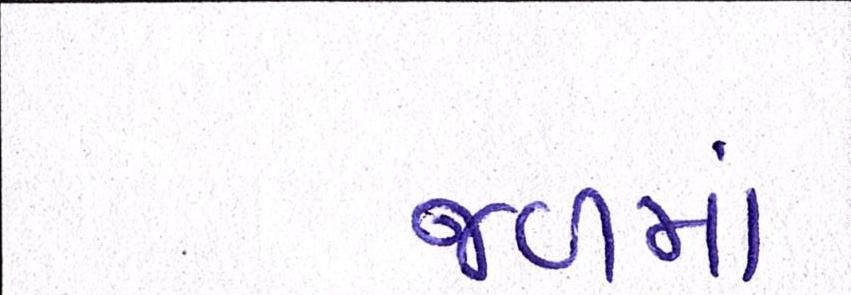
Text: જળમાં